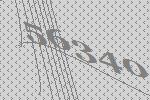
56340